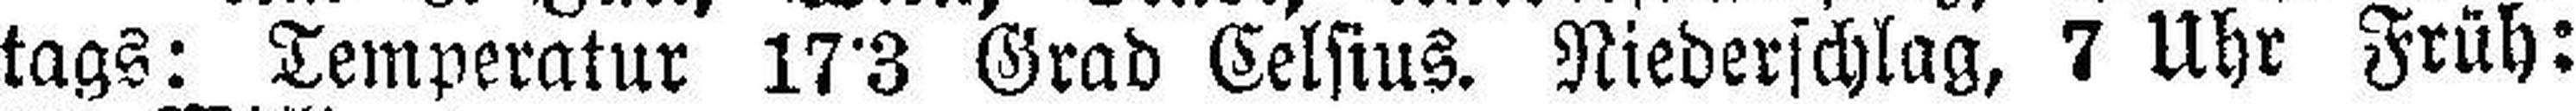
tags: Temperatur 17°3 Grad Celsius. Niederschlag, 7 Uhr Früh: